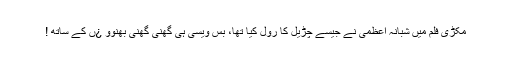
مکڑی فلم میں شبانہ اعظمی نے جیسے چڑیل کا رول کیا تھا، بس ویسی ہی گھنی گھنی بھنوو ¿ں کے ساتھ !